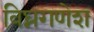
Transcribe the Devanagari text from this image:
विघ्नगणेश